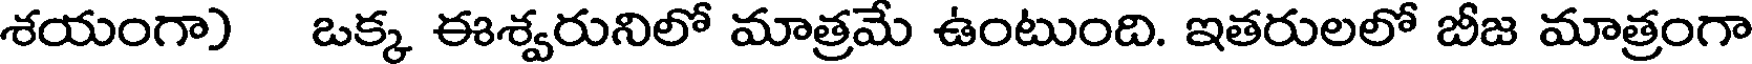
శయంగా) ఒక్క ఈశ్వరునిలో మాత్రమే ఉంటుంది. ఇతరులలో బీజ మాత్రంగా